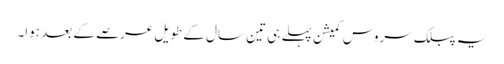
یہ پبلک سروس کمیشن پہلے ہی تین سال کے طویل عرصے کے بعد ہوا۔